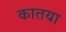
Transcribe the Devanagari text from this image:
कातया